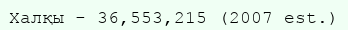
Халқы - 36,553,215 (2007 est.)